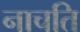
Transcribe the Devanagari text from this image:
नाचति